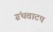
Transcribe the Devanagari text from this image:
ग्रंथवाटप